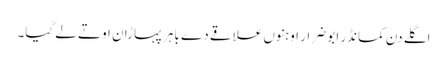
اگلے دن کمانڈر ابو ضرار اوہنوں علاقے دے باہر پہاڑان اوتے لے گیا۔